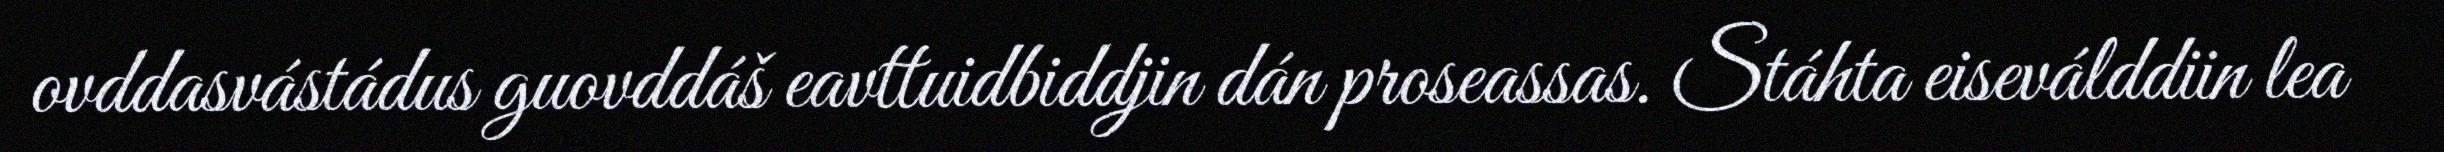
ovddasvástádus guovddáš eavttuidbiddjin dán proseassas. Stáhta eiseválddiin lea